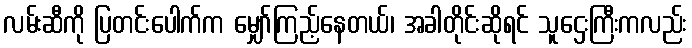
လမ်းဆီကို ပြတင်းပေါက်က မျှော်ကြည့်နေတယ်၊ အခါတိုင်းဆိုရင် သူဌေးကြီးကလည်း